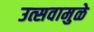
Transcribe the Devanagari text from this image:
उत्सवामुळे